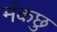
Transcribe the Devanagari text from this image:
मंकछु